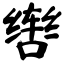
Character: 辔